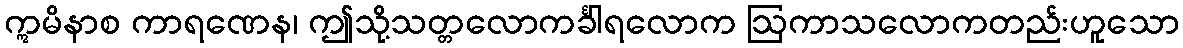
ဣမိနာစ ကာရဏေန၊ ဤသို့သတ္တလောကင်္ခါရလောက ဩကာသလောကတည်းဟူသော